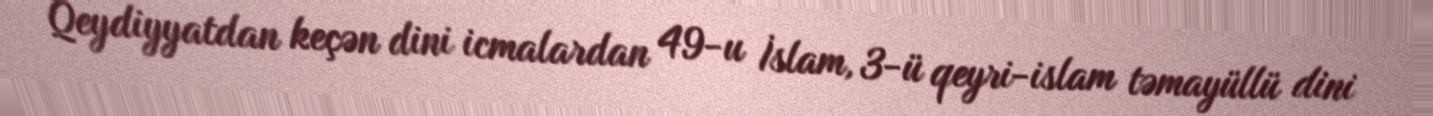
Qeydiyyatdan keçən dini icmalardan 49-u İslam, 3-ü qeyri-islam təmayüllü dini